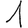
Digit: 1